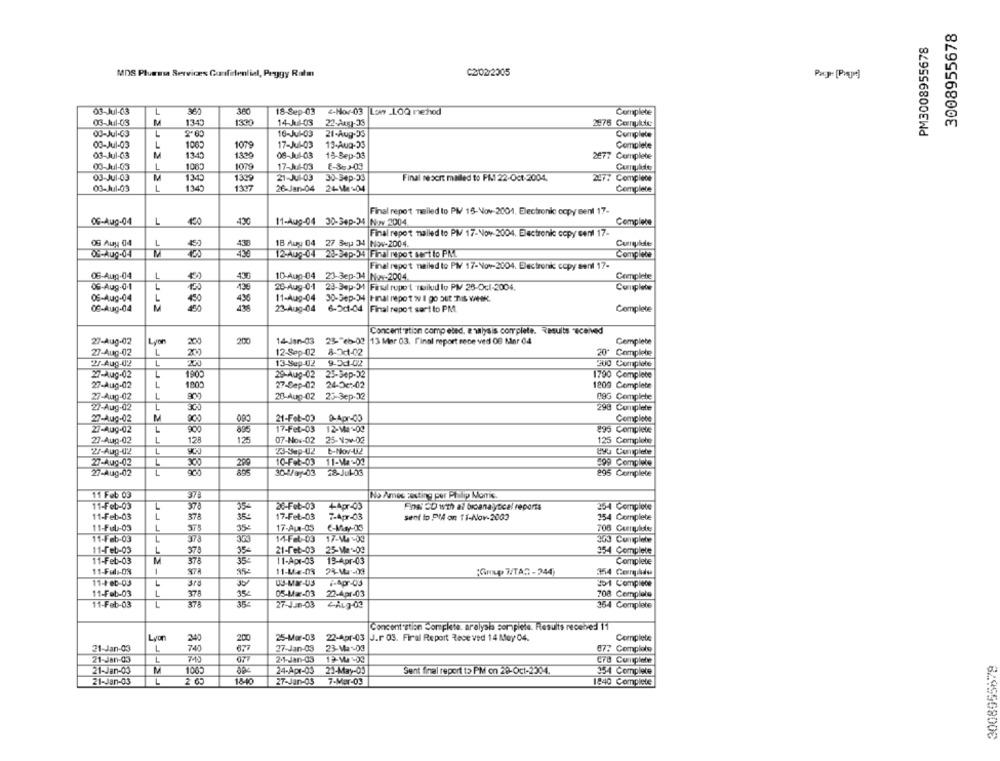
3008955678
PM3008955678
MDS Plumasa Services Confidential, Peggy Ratm
C2/02/2005
08-Jul-63
18-Sep-03
-Nov-03 Low LOQ method
Complete
03-Jul-03
1343
1330
22-Aug-35
2976 Comnulte
03-Jul-63
16-Jul-03
21-Aug-53
Complete
03-Jul-03
1065
1079
17-Jul-03
Complete
03-Jul-63
M
13-40
06-Jul-03
15-Bep-33
2677 Complete
03-Jul-03
1
1005
1079
17-Jul-03
Cumplido
13.43
1339
21-Jul-03
M
30-54p-33
Final resort mailed to FR 22-Oct-2004.
2477 Complece
03-Jul-03
L
1345
1337
26-Jan-04
24-Ma -04
Complete
Final repo't nelled to PMV 15-Nov-2001. Electronic copy sent 17-
OG-Aug-04
L
430
11-Aug-04 30-34p-34 Nov 2004
Complete
Final report nailed to PM 17-Nov-2004. Electronic copy cent 17-
OS Auy 04
438
18 Auy 04 27 Sep 34 Nov-2004.
2-409-04 28-34p-34 Finalreport sertlo PNL
Complete
Final report nailed to PM 17-Nov-2004. Electronic copy sent 17-
0S-Aug-04
Complete
10-Aug-04 23-3ep-34 Nov-2004
0G-Aug-0.1
L
28-Aug-0.1
23-9ep-31 Fasdl rupert Tsilud lo PM 26-Oct-2004.
Complete
OS-Aug-04
11-Aug-04
30-Gep-34 |Final nepot w I go but TS WHOK.
436
08-Aug-04
23-Aug-04
6-2c1-04 Final report sart to PM
Complete
Concentration comp eted, e salysis complete. Results received
27-Aug-02
Lyon
200
14-Jan-03 23-"cb-02 |13 Mar 03. final report rece ved 08 Mer 04
Complete
L
200
27-Aug-02
12-Sep-02
8-7c1-02
20º Complete
2/-Aug-02
L
13-Sep-02
9-5d-02
200 Complete
27-Aug-02
L
1900
29-Aug-02
25-3ep-32
1790 Complete
27-Aug-02
L
1000
27-Sep-02
24-06-02
27-Aug-02
L
20-Aug-02
25-3ep-32
9G Complete
27-Aug-02
L
98 Complete
27-Aug-02
M
21-Fot-03
9-Apr-00
Complete
200
27-Aug-02
200
895
17-Fet-03
12-Ma-09
895 Complete
27-Aug-02
JJ
128
125
07-Nov-02
25-Nov-02
L
23-Sep-02
b-Nov-U2
2/-Aug-02
8% Complete
27-Aug-02
10-Fot-03 11-Ma:00
499 Complete
27-Aug-02
30Way-03 28-J0103
5 Complete
11 Feb 03
No Ames sexting per Philip Morris.
375
11-Feb-03
378
20-Feb-03
4-Apr-03
Finn OD with al bioanalytical reports
254 Complete
11-Feb-03
378
35€
17-Feb-03
7-Apr-03
sent to Pl4 on 11-Nov-2003
354 Complete
57
11-Full-03
L
35-
17-Au-05
€-May-05
706 Curnulele
11-Feb-03
37
14-Fat-03
17-9 -09
303 Complete
11-feb-03
L
21-Feb-03
25-Ma -03
373
354 Complete
11-Feb-03
M
376
11-Apr-03
13-Apr-03
Complete
11-Ful :- 03
1
11-4-4-03
24-Mar-03
"GAND TTAS - 244)
354 Complide
11-4 Cb-03
L
0-MX-03
7-Apr-03
201 Compiece
11-Feb-03
1
37
352
05-Mar-03
22-Apr-03
708 Complete
11-Feb-03
37
27-Jun-03
CAL9-03
364 Complete
Concent'stion complete, aralysia sompiele. Results receive: 11
Lyon
340
200
25-Mar-03
22-Apr-03 J.r 03. Firal Report Rece ved 14 May 04.
Complete
21-Jan-03
1
74
27-Jan-03
23-Ma-03
87: Complete
21-Jan-03
1
745
077
2.1-Jan-03
478 Complete
1005
24-Apr-03
23-May-05
21-Jan-03
Sent final report to PM on 29-Oct-2304.
354 Complete
21-Jan-03
2 65
1840
27-Jan-OS
7-Mar-03
1840 Complete
62.9956800₺